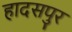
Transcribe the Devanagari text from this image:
हादसपुर